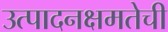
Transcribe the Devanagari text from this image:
उत्पादनक्षमतेची